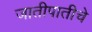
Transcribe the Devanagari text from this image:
जातीपातीचे